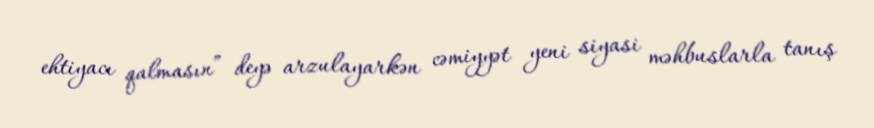
ehtiyacı qalmasın” deyə arzulayarkən cəmiyyət yeni siyasi məhbuslarla tanış